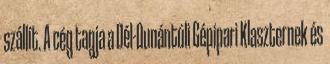
szállít. A cég tagja a Dél-Dunántúli Gépipari Klaszternek és